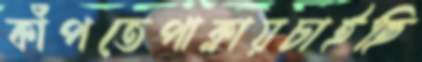
কাঁপতেপাক্‌লায়চাইছি